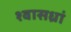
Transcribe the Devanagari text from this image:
श्वासध्रां